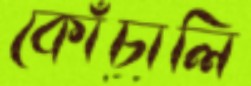
কোঁচালি